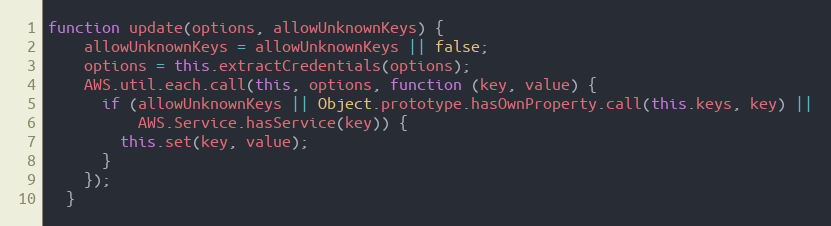
Language: JavaScript
function update(options, allowUnknownKeys) {
    allowUnknownKeys = allowUnknownKeys || false;
    options = this.extractCredentials(options);
    AWS.util.each.call(this, options, function (key, value) {
      if (allowUnknownKeys || Object.prototype.hasOwnProperty.call(this.keys, key) ||
          AWS.Service.hasService(key)) {
        this.set(key, value);
      }
    });
  }